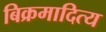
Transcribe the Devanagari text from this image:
बिक्रमादित्य